Vaccine operations Central Provinces 1868-1885 - 1868-1885
Year: 1868
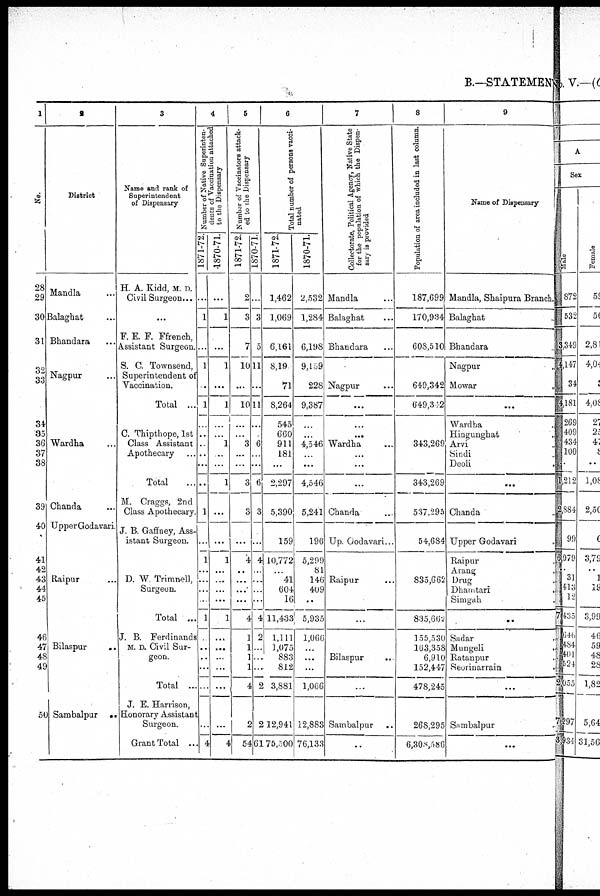
B.—STATEMENT
1
No.
28
29
30
31
32
S3
34
35
36
37
38
39
40
41
42
43
44
45
46
47
48
49
50
I
District
Mandla ...
Balaghat ...
Bhandara ...
Nagpur ....
Wardha ...
Chanda ...
Upper Godavari.
Raipur ...
Bilaspur
...
Sambalpur
..
3
Name and rank of
Superintendent
of Dispensary
H. A. Kidd, M. D.
Civil Surgeon...
...
F. E. F. Ffrench,
Assistant Surgeon.
S. C. Townsend,
Superintendent of
Vaccination.
Total ...
C. Thipthope, 1st
Class Assistant
Apothecary
Total ...
M. Craggs, 2nd
Class Apothecary.
J. B. Gaffney, Ass-
istant Surgeon.
D. W. Trimnell,
Surgeon.
Total ...
J. B. Ferdinands
M. D. Civil Sur-
geon.
Total ..
J. E. Harrison,
Honorary Assistant
Surgeon.
Grant Total ..
4
Number of Native Superinten-
dents of Vaccination attached
to the Dispensary
1871-72,
...
1
...
1
...
1
...
..
..
..
...
...
1
...
1
...
...
...
...
1
...
..
..
...
...
...
4
-1870-71.
...
1
...
1
...
1
...
...
1
...
...
1
...
...
1
...
...
...
...
1
...
...
...
...
...
...
4
5
Number of Vaccinators attack-
ed to the Dispensary
1871-72.
2
3
7
10
...
10
...
...
3
...
...
3
3
...
4
...
...
...
...
4
1
1
1
1
4
2
54
1870-71.
...
3
5
11
...
11
...
..
6
...
...
6
3
...
4
...
...
...
...
4
2
...
...
...
2
2 2
61
6
Total number of persons vacci-
nated
1871-72.
1,462
1,069
6,161
8,19
71
8,264
545
660
911
181
...
2,297
5,390
159
10,772
...
41
604
16
11,433
1,111
1,075
883
812
3,881
12,941
75,500
1870-71.
2,532
1,284
6,198
9,159
228
9,387
...
...
4,546
...
...
4,546
5,241
196
5,299
81
146
409
..
5,935
1,066
...
...
...
1,066
12,883
76,133
7
Collectorate, Political Agency, Native State
for the population of which the Dispen-
sary is provided
Mandla ...
Balaghat ...
Bhandara ...
Nagpur ...
...
...
...
Wardha ...
...
...
...
Chanda ...
Up Godavari...
Raipur ...
...
Bilaspur
..
...
Sambalpur ..
..
8
Population of area included in last column.
187,699
170,934
608,510
649,342
649,342
343,269
343,269
537,295
54,684
835,662
835,662
155,530
163,358
6,910
152,447
478,245
268,295
6,308,586
9
Name of Dispensary
Mandla, Shaipura Branch.
Balaghat ..
Bhandara ..
Nagpur ..
Mowar
..
...
Wardha ..
Hingunghat ..
Arvi ..
Sindi ..
Deoli ..
...
Chanda ..
Upper Godavari ..
Raipur ..
Arang ..
Drug
Dhamtari ..
Simgah ..
..
Sadar ..
Mungeli ..
Ratanpur ..
Seorinarrain ..
...
Sambalpur ..
...